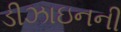
ડીઝાઇનની